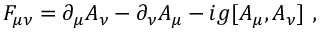
F _ { \mu \nu } = \partial _ { \mu } A _ { \nu } - \partial _ { \nu } A _ { \mu } - i g [ A _ { \mu } , A _ { \nu } ] \ ,